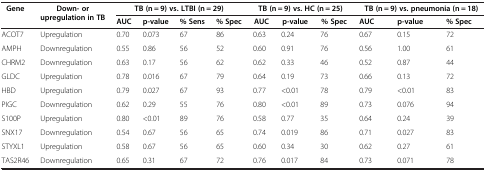
<table><thead><tr><td><b>Gene</b></td><td><b>Down- or upregulation in TB</b></td><td colspan="4"><b>TB (n = 9) vs. LTBI (n = 29)</b></td><td colspan="3"><b>TB (n = 9) vs. HC (n = 25)</b></td><td colspan="3"><b>TB (n = 9) vs. pneumonia (n = 18)</b></td></tr><tr><td><b> </b></td><td><b> </b></td><td><b>AUC</b></td><td><b>p-value</b></td><td><b>% Sens</b></td><td><b>% Spec</b></td><td><b>AUC</b></td><td><b>p-value</b></td><td><b>% Spec</b></td><td><b>AUC</b></td><td><b>p-value</b></td><td><b>% Spec</b></td></tr></thead><tbody><tr><td>ACOT7</td><td>Upregulation</td><td>0.70</td><td>0.073</td><td>67</td><td>86</td><td>0.63</td><td>0.24</td><td>76</td><td>0.67</td><td>0.15</td><td>72</td></tr><tr><td>AMPH</td><td>Downregulation</td><td>0.55</td><td>0.86</td><td>56</td><td>52</td><td>0.60</td><td>0.91</td><td>76</td><td>0.56</td><td>1.00</td><td>61</td></tr><tr><td>CHRM2</td><td>Downregulation</td><td>0.63</td><td>0.17</td><td>56</td><td>62</td><td>0.62</td><td>0.33</td><td>46</td><td>0.52</td><td>0.87</td><td>44</td></tr><tr><td>GLDC</td><td>Upregulation</td><td>0.78</td><td>0.016</td><td>67</td><td>79</td><td>0.64</td><td>0.19</td><td>73</td><td>0.66</td><td>0.13</td><td>72</td></tr><tr><td>HBD</td><td>Upregulation</td><td>0.79</td><td>0.027</td><td>67</td><td>93</td><td>0.77</td><td>&lt;0.01</td><td>78</td><td>0.79</td><td>&lt;0.01</td><td>83</td></tr><tr><td>PIGC</td><td>Downregulation</td><td>0.62</td><td>0.29</td><td>55</td><td>76</td><td>0.80</td><td>&lt;0.01</td><td>89</td><td>0.73</td><td>0.076</td><td>94</td></tr><tr><td>S100P</td><td>Upregulation</td><td>0.80</td><td>&lt;0.01</td><td>89</td><td>76</td><td>0.58</td><td>0.77</td><td>35</td><td>0.64</td><td>0.24</td><td>39</td></tr><tr><td>SNX17</td><td>Downregulation</td><td>0.54</td><td>0.67</td><td>56</td><td>65</td><td>0.74</td><td>0.019</td><td>86</td><td>0.71</td><td>0.027</td><td>83</td></tr><tr><td>STYXL1</td><td>Upregulation</td><td>0.58</td><td>0.67</td><td>56</td><td>65</td><td>0.60</td><td>0.34</td><td>30</td><td>0.62</td><td>0.27</td><td>61</td></tr><tr><td>TAS2R46</td><td>Downregulation</td><td>0.65</td><td>0.31</td><td>67</td><td>72</td><td>0.76</td><td>0.017</td><td>84</td><td>0.73</td><td>0.071</td><td>78</td></tr></tbody></table>